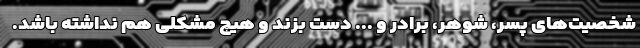
شخصیت‌های پسر، شوهر، برادر و ... دست بزند و هیچ مشکلی هم نداشته باشد.